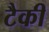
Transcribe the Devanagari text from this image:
टैकी